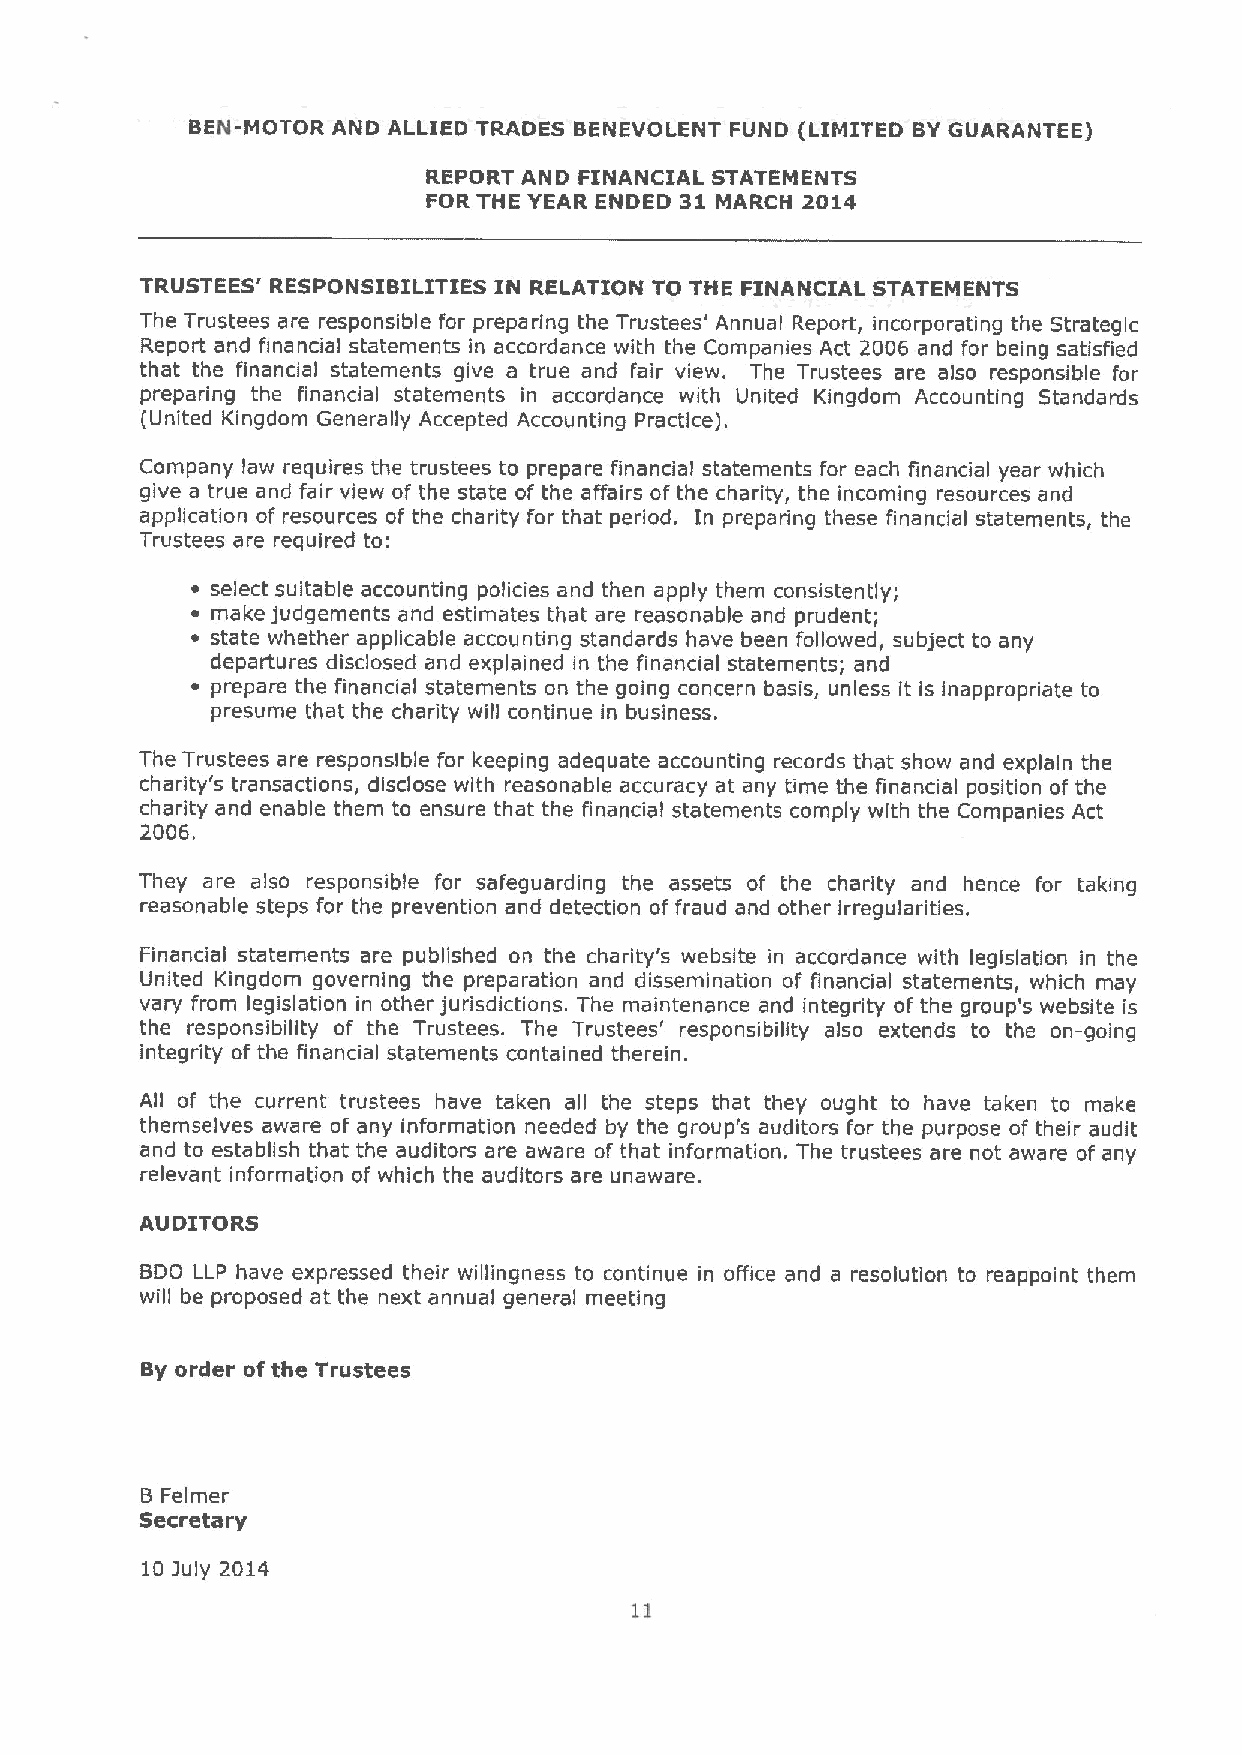
BEN-MOTOR AND ALLIED TRADES BENEVOLENT FUND (LIMITED BYGUARANTEE)
 REPORT AND FINANCIAL STATEMENTS
 FOR THE YEAR ENDED 31 MARCH 2014
 TRUSTEES' RESPONSIBILITIES IN RELATION TO THE FINANCIAL STATEMENTS
 The Trustees are responsible for preparing the Trustees' Annual Report, incorporating the Strategic
 Report and financial statements in accordance with the Companies Act 2006 and for being satisfied
 that the financial statements give a true and fair view. The Trustees are also responsible for
 preparing the financial statements in accordance with United Kingdom Accounting Standards
 (United Kingdom Generally Accepted Accounting Practice).
 Company law requires the trustees to prepare financial statements for each financial year which
 give a true and fair view of the state of the affairs of the charity, the incoming resources and
 application of resources of the charity for that period. In preparing these financial statements, the
 Trustees are required to:
 ~ select suitable accounting policies and then apply them consistently;
 ~ make judgements and estimates that are reasonable and prudent;
 ~ state whether applicable accounting standards have been followed, subject to any
 departures disclosed and explained in the financial statements; and
 ~ prepare the financial statements on the going concern basis, unless it is inappropriate to
 presume that the charity will continue in business.
 The Trustees are responsible for keeping adequate accounting records that show and explain the
 charity's transactions, disclose with reasonable accuracy at any time the financial position of the
 charity and enable them to ensure that the financial statements comply with the Companies Act
 2006,
 They are also responsible for safeguarding the assets of the charity and hence for taking
 reasonable steps for the prevention and detection offraud and other irregularities.
 Financial statements are published on the charity's website in accordance with legislation in the
 United Kingdom governing the preparation and dissemination of financial statements, which may
 vary from legislation in other jurisdictions. The maintenance and integrity of the group's website is
 the responsibility of the Trustees. The Trustees' responsibility also extends to the on-going
 integrity of the financial statements contained therein.
 All of the current trustees have taken all the steps that they ought to have taken to make
 themselves aware of any information needed by the group's auditors for the purpose of their audit
 and to establish that the auditors are aware of that information. The trustees are not aware of any
 relevant information of which the auditors are unaware.
 AUDITORS
 BDO LLP have expressed their willingness to continue in office and a resolution to reappoint them
 will be proposed at the next annual general meeting
 By order of the Trustees
 B Felmer
 Secretary
 10 july 2014
 11